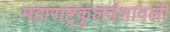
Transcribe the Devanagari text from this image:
महाराष्ट्रकुलवंशावली